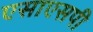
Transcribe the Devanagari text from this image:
एसाएसपी